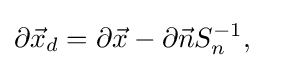
\partial {\vec {x}}_{d}=\partial {\vec {x}}-\partial {\vec {n}}S_{n}^{-1},\quad